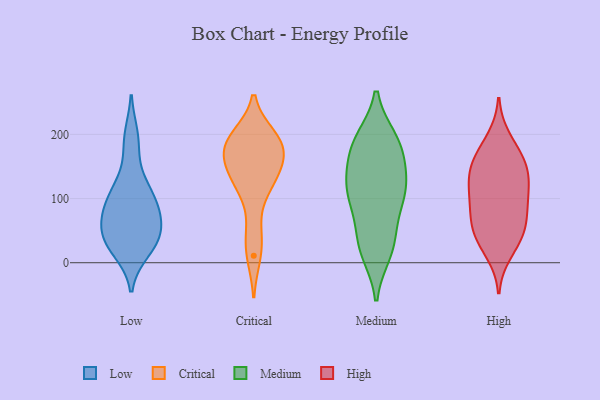
{"axis": {"x": "Humidity (%)", "y": "Value"}, "legend": ["Critical", "High", "Low", "Medium"], "data": [{"x": "", "y": 196, "type": "Low"}, {"x": "", "y": 30, "type": "Low"}, {"x": "", "y": 35, "type": "Low"}, {"x": "", "y": 121, "type": "Low"}, {"x": "", "y": 121, "type": "Low"}, {"x": "", "y": 101, "type": "Low"}, {"x": "", "y": 95, "type": "Low"}, {"x": "", "y": 43, "type": "Low"}, {"x": "", "y": 187, "type": "Low"}, {"x": "", "y": 82, "type": "Low"}, {"x": "", "y": 60, "type": "Low"}, {"x": "", "y": 39, "type": "Low"}, {"x": "", "y": 76, "type": "Low"}, {"x": "", "y": 78, "type": "Low"}, {"x": "", "y": 32, "type": "Low"}, {"x": "", "y": 20, "type": "Low"}, {"x": "", "y": 11, "type": "Critical"}, {"x": "", "y": 160, "type": "Critical"}, {"x": "", "y": 140, "type": "Critical"}, {"x": "", "y": 47, "type": "Critical"}, {"x": "", "y": 179, "type": "Critical"}, {"x": "", "y": 119, "type": "Critical"}, {"x": "", "y": 189, "type": "Critical"}, {"x": "", "y": 122, "type": "Critical"}, {"x": "", "y": 196, "type": "Critical"}, {"x": "", "y": 165, "type": "Critical"}, {"x": "", "y": 192, "type": "Critical"}, {"x": "", "y": 174, "type": "Medium"}, {"x": "", "y": 23, "type": "Medium"}, {"x": "", "y": 187, "type": "Medium"}, {"x": "", "y": 189, "type": "Medium"}, {"x": "", "y": 30, "type": "Medium"}, {"x": "", "y": 116, "type": "Medium"}, {"x": "", "y": 124, "type": "Medium"}, {"x": "", "y": 111, "type": "Medium"}, {"x": "", "y": 191, "type": "Medium"}, {"x": "", "y": 50, "type": "Medium"}, {"x": "", "y": 101, "type": "Medium"}, {"x": "", "y": 127, "type": "Medium"}, {"x": "", "y": 95, "type": "Medium"}, {"x": "", "y": 166, "type": "Medium"}, {"x": "", "y": 17, "type": "Medium"}, {"x": "", "y": 33, "type": "High"}, {"x": "", "y": 49, "type": "High"}, {"x": "", "y": 131, "type": "High"}, {"x": "", "y": 104, "type": "High"}, {"x": "", "y": 154, "type": "High"}, {"x": "", "y": 193, "type": "High"}, {"x": "", "y": 175, "type": "High"}, {"x": "", "y": 107, "type": "High"}, {"x": "", "y": 138, "type": "High"}, {"x": "", "y": 80, "type": "High"}, {"x": "", "y": 45, "type": "High"}, {"x": "", "y": 159, "type": "High"}, {"x": "", "y": 57, "type": "High"}, {"x": "", "y": 104, "type": "High"}, {"x": "", "y": 16, "type": "High"}, {"x": "", "y": 73, "type": "High"}, {"x": "", "y": 143, "type": "High"}]}